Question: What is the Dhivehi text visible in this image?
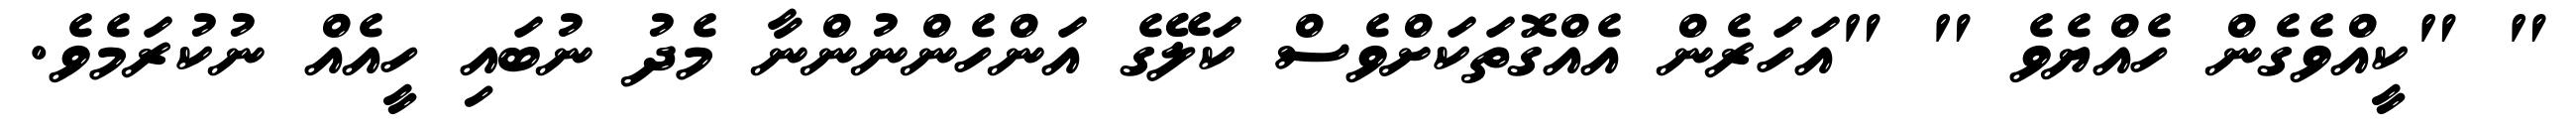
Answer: " "ކީއްވެގެން ހެއްޔެވެ " "އަހަރެން އެއްގޮތަކަށްވެސް ކަލޭގެ އަންހެންނުންނާ މެދު ނުބައި ހީއެއް ނުކުރަމެވެ.